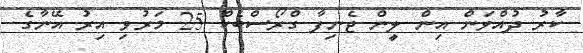
ކާރު ދުއްވަން އިން ލީން ޖެނިފާ ގްރޯސްބެކް 25 މަރުވި އިރު އޭނާގެ